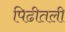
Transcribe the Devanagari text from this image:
पिढीतली